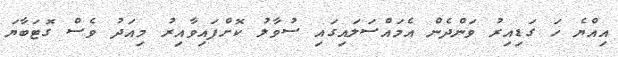
އިއްޔެ ހަ ގަޑިއިރު ވަންދެން އެމައްސަލައިގައި ސުވާލު ކޮށްފައިވާއިރު މިއަދު ވެސް ގޮޓަބާޔަ